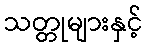
သတ္တုများနှင့်